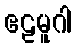
ဧဠမူဂါ